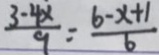
\frac { 3 - 4 x } { 9 } = \frac { 6 - x + 1 } { 6 }